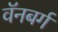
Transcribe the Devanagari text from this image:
वॅनबर्ग